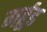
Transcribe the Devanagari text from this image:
गर्हूड